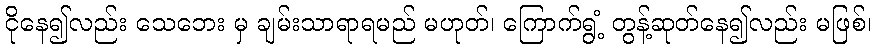
ငိုနေ၍လည်း သေဘေး မှ ချမ်းသာရာရမည် မဟုတ်၊ ကြောက်ရွံ့ တွန့်ဆုတ်နေ၍လည်း မဖြစ်၊